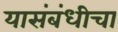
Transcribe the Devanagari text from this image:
यासंबंधीचा